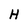
Character: H